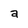
Character: a